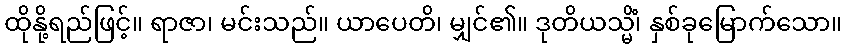
ထိုနို့ရည်ဖြင့်။ ရာဇာ၊ မင်းသည်။ ယာပေတိ၊ မျှင်၏။ ဒုတိယသ္မိံ၊ နှစ်ခုမြောက်သော။